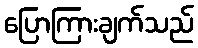
ပြောကြားချက်သည်